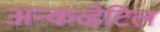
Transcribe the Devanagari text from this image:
अन्कव्हेटिल